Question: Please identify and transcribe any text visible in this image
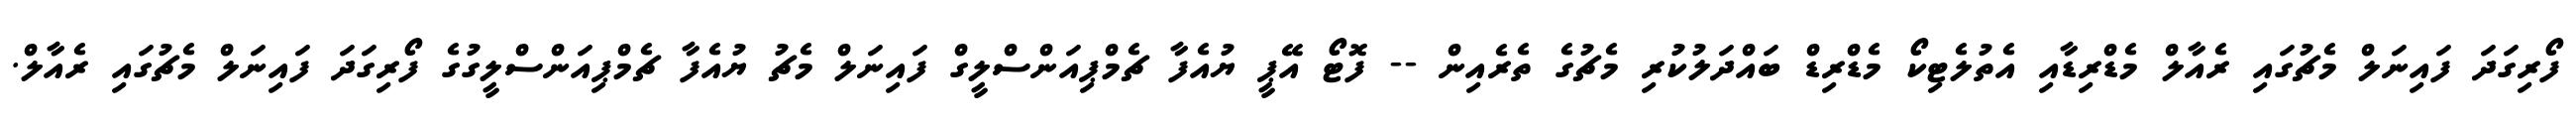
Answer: ފޯރިގަދަ ފައިނަލް މެޗުގައި ރެއާލް މެޑްރިޑާއި އެތުލެޓިކޯ މެޑްރިޑް ބައްދަލުކުރި މެޗުގެ ތެރެއިން -- ފޮޓޯ އޭޕީ ޔުއެފާ ޗެމްޕިއަންސްލީގް ފައިނަލް މެޗު ޔުއެފާ ޗެމްޕިއަންސްލީގުގެ ފޯރިގަދަ ފައިނަލް މެޗުގައި ރެއާލް.